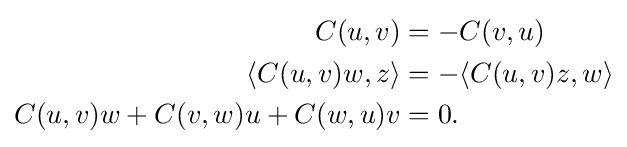
{\begin{aligned}C(u,v)&=-C(v,u)\\\langle C(u,v)w,z\rangle &=-\langle C(u,v)z,w\rangle \\C(u,v)w+C(v,w)u+C(w,u)v&=0.\end{aligned}}